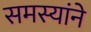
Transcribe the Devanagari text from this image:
समस्यांने